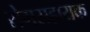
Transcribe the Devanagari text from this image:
रोगसहायक